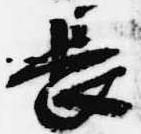
長